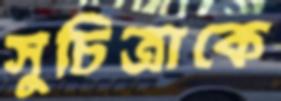
সুচিত্রাকে